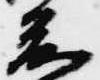
前